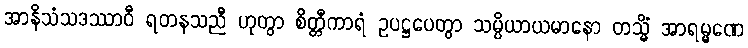
အာနိသံသဒဿာဝီ ရတနသညီ ဟုတွာ စိတ္တီကာရံ ဥပဋ္ဌပေတွာ သမ္ပိယာယမာနော တသ္မိံ အာရမ္မဏေ